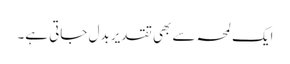
ایک لمحہ سے بھی تقدیر بدل جاتی ہے۔